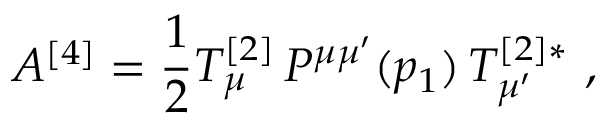
{ \cal A } ^ { [ 4 ] } = \frac { 1 } { 2 } { \cal T } _ { \mu } ^ { [ 2 ] } \, P ^ { \mu \mu ^ { \prime } } ( p _ { 1 } ) \, { \cal T } _ { \mu ^ { \prime } } ^ { [ 2 ] * } \, \, ,